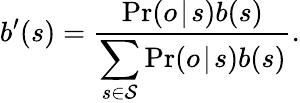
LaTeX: b^{\prime}(s)=\frac{\operatorname*{Pr}(o\! \mid\! s)b(s)}{\displaystyle\sum_{s\in\mathcal{S}}\operatorname*{Pr}(o\! \mid\! s)b(s)}.